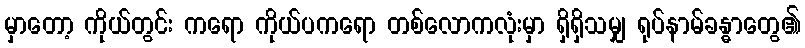
မှာတော့ ကိုယ်တွင်း ကရော ကိုယ်ပကရော တစ်လောကလုံးမှာ ရှိရှိသမျှ ရုပ်နာမ်ခန္ဓာတွေ၏